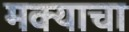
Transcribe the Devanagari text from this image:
मक्याचा